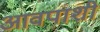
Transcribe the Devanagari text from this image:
आवपाशी